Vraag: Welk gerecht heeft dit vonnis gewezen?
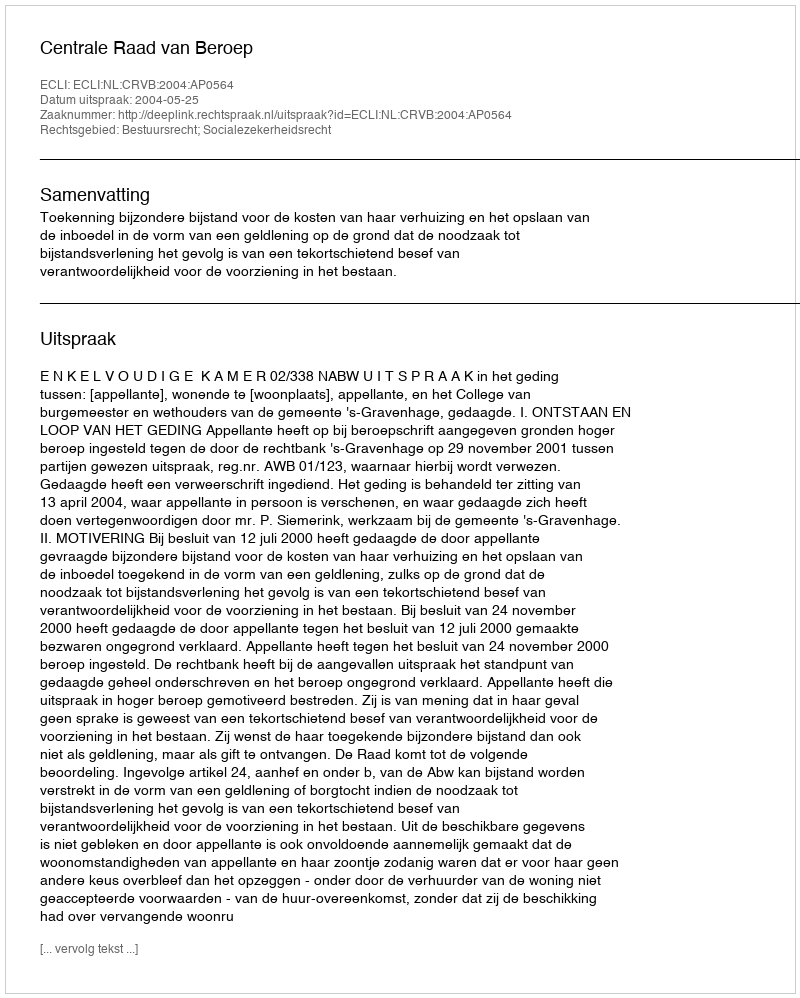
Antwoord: Centrale Raad van Beroep